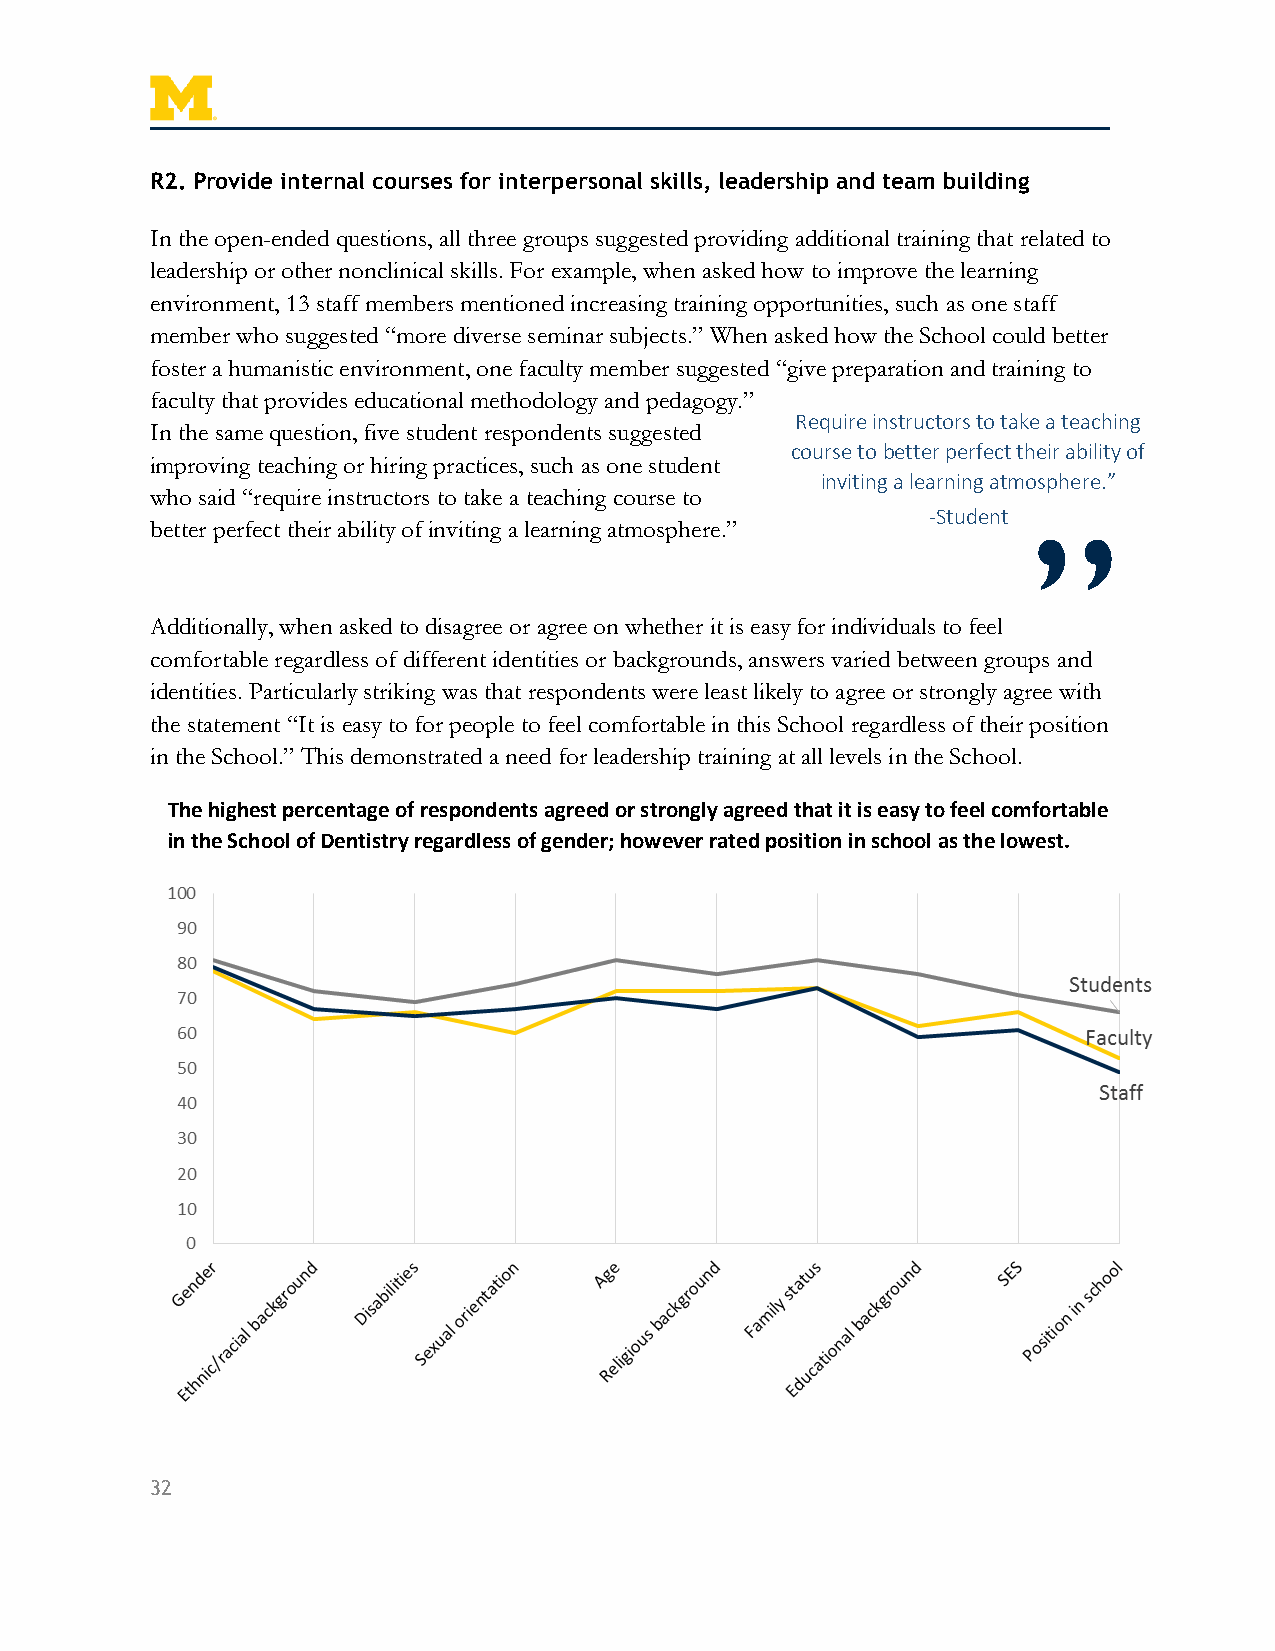
R2. Provide internal courses for interpersonal skills, leadership and team building
 In the open-ended questions, all three groups suggested providing additional training that related to
 leadership or other nonclinical skills. For example, when asked how to improve the learning
 environment, 13 staff members mentioned increasing training opportunities, such as one staff
 member who suggested “more diverse seminar subjects.” When asked how the School could better
 foster a humanistic environment, one faculty member suggested “give preparation and training to
 faculty that provides educational methodology and pedagogy.”
 Require instructors to take a teaching
 In the same question, five student respondents suggested
 course to better perfect their ability of
 improving teaching or hiring practices, such as one student
 inviting a learning atmosphere.”
 who said “require instructors to take a teaching course to
 -Student
 better perfect their ability of inviting a learning atmosphere.” ”
 Additionally, when asked to disagree or agree on whether it is easy for individuals to feel
 comfortable regardless of different identities or backgrounds, answers varied between groups and
 identities. Particularly striking was that respondents were least likely to agree or strongly agree with
 the statement “It is easy to for people to feel comfortable in this School regardless of their position
 in the School.” This demonstrated a need for leadership training at all levels in the School.
 The highest percentage of respondents agreed or strongly agreed that it is easy to feel comfortable
 in the School of Dentistry regardless of gender; however rated position in school as the lowest.
 32